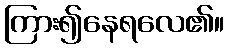
ကြား၍နေရလေ၏။